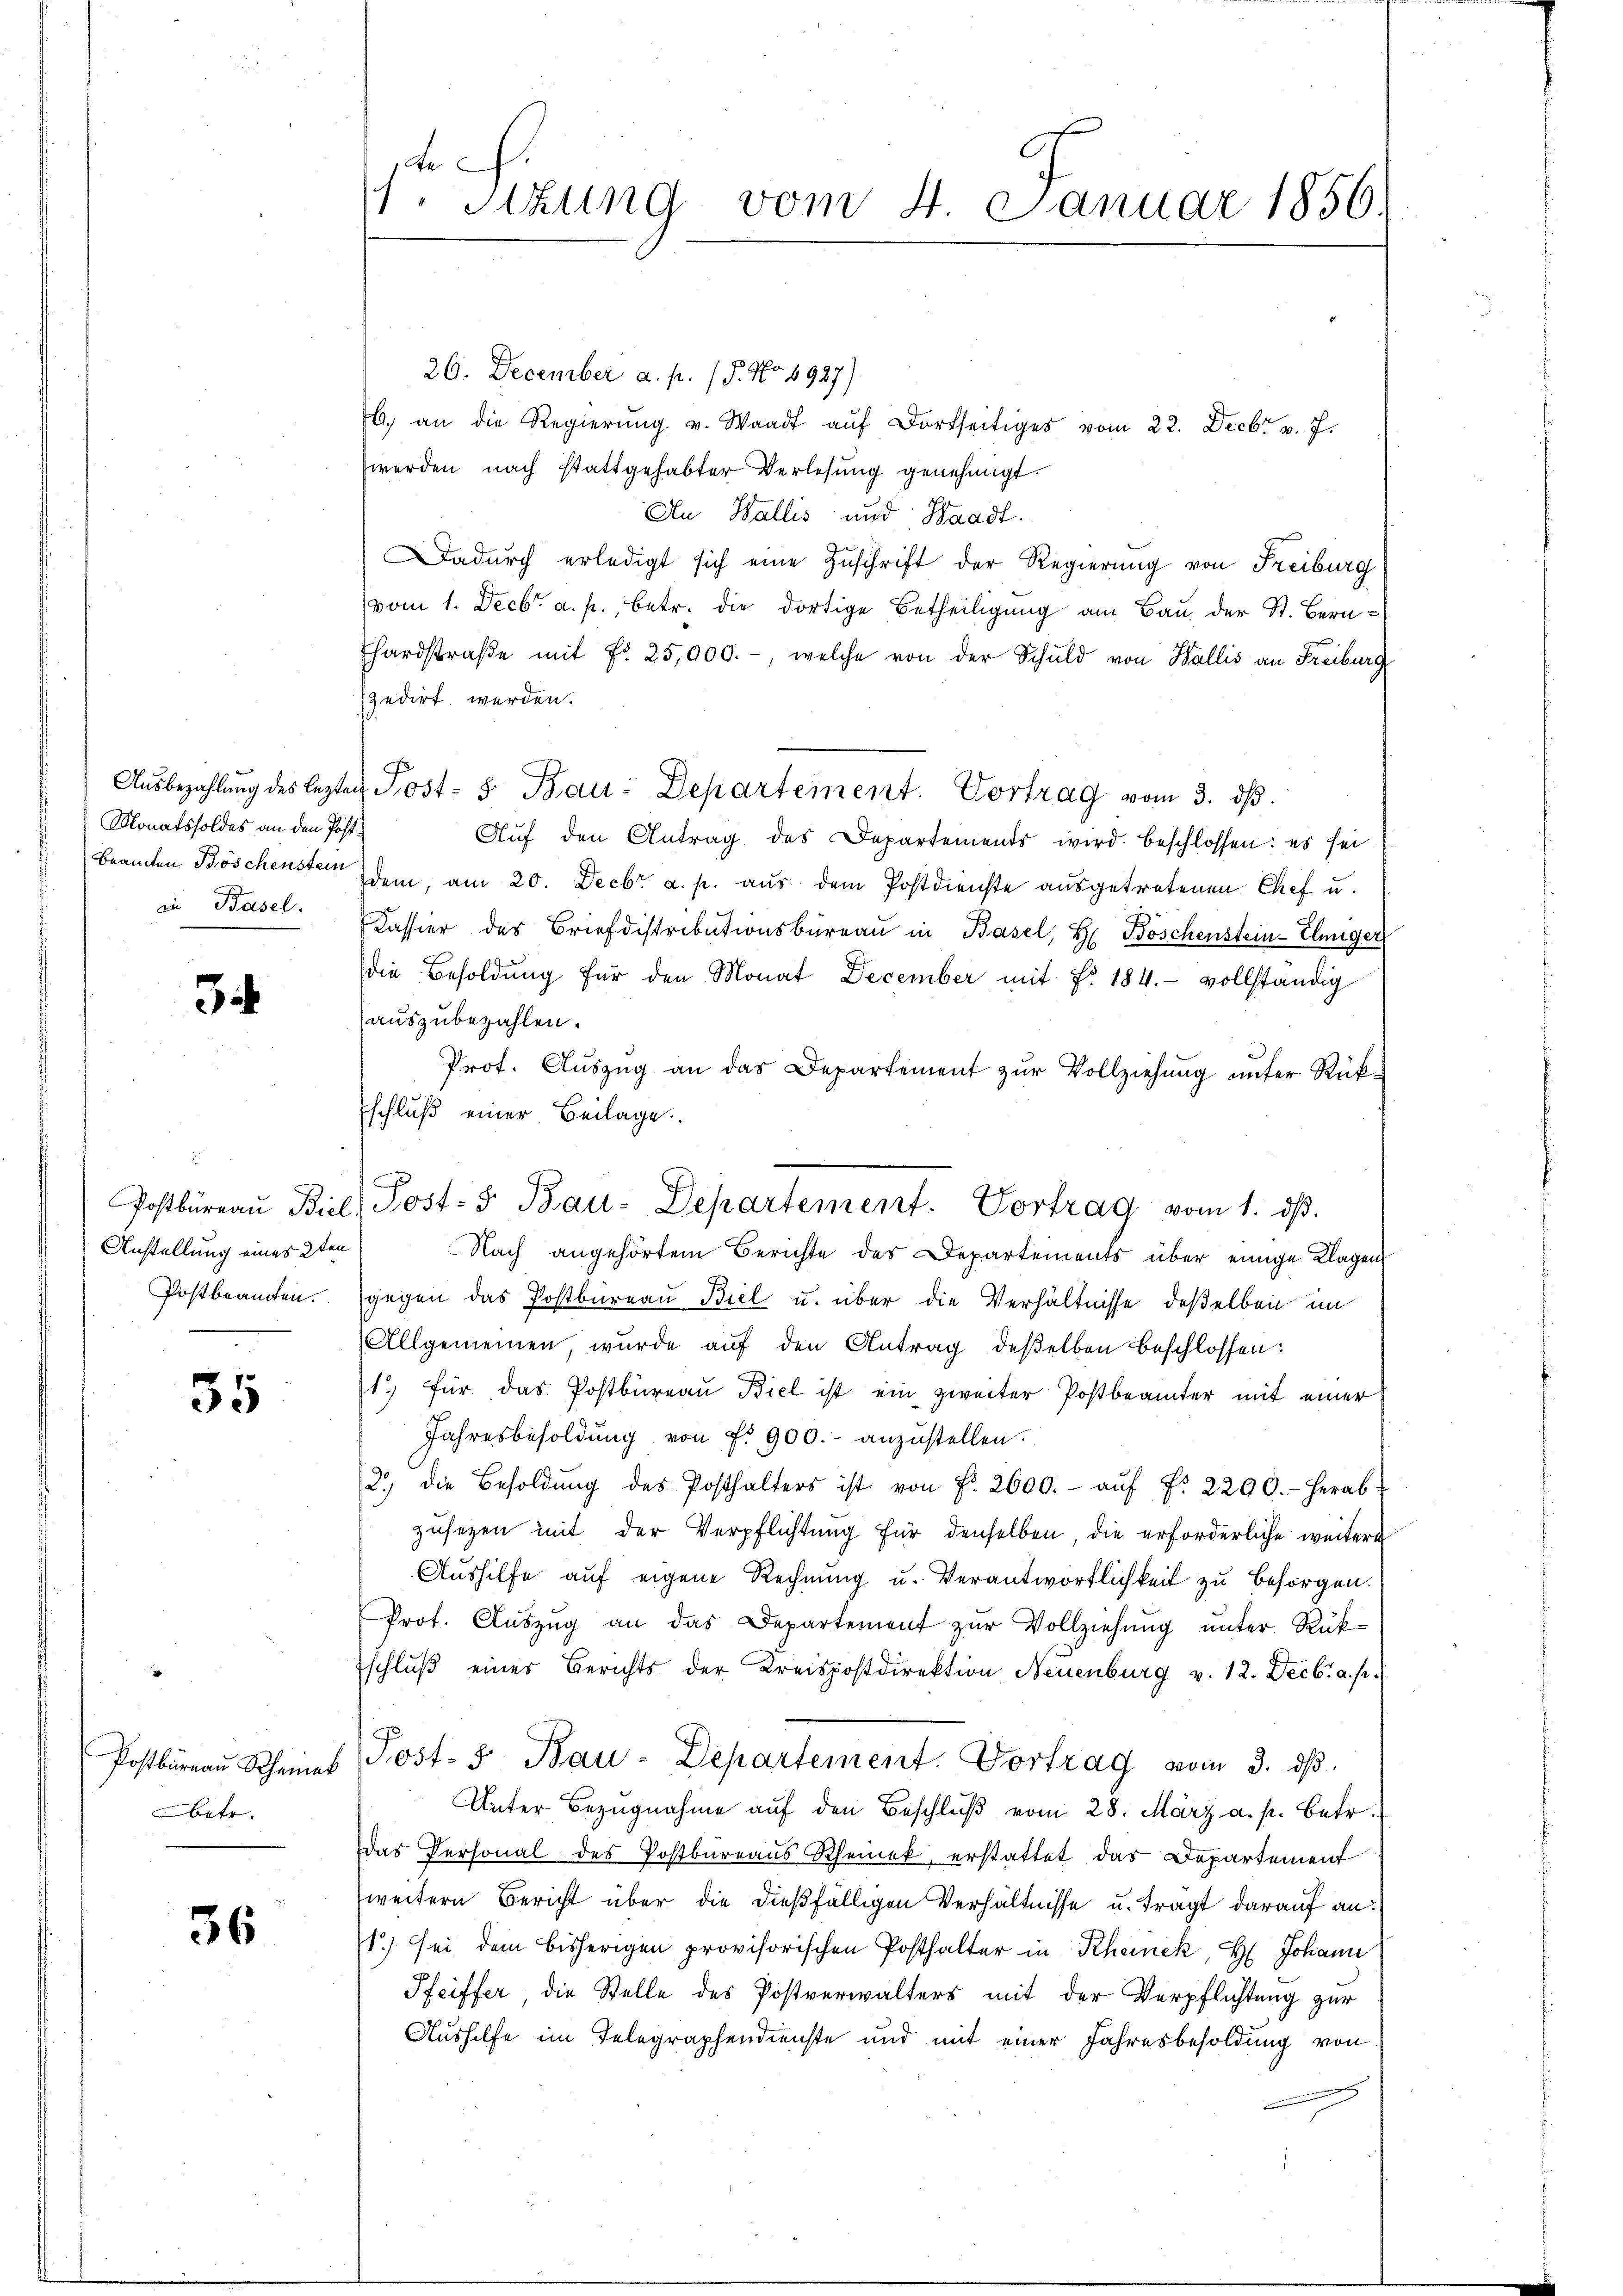
Monatssoldes an den Post.

3

Anstellung eines 2ten
Postbeamten.

55

Postbüreau Schemak
betr.

36

Be
1. Sitzung vom 4. Januar 1856.

26. December a. p. 18. No. 1927)
b. an die Regierŭng v. Waadt aŭf dortseitiges vom 22. Decbr. v. J.
werden nach stattgehabter Verlesung genehmigt.
An Wallis und Waadt.
adurch erledigt sich eine Zuschrift der Regierung von Freiburg
vom 1. Decbr. a. p. betr. die dortige Betheiligung am Bau der St. Bern-
hardstraβe mit Fr. 25,000.-, welche von der Schuld von Wallis an Freiburg
zedirt werden.
¬
Aŭsbezahlŭng des lezten Post- 5 Bau: Departement. Vortrag vom 3. dβ.
Auf den Antrag des Departemends wird beschlossen: es sei
Beamten Böschensten dem, am 20. Decbr a. p. aus dem Postdienste ausgetretenen Chef u.
in Basel. Kassier des Briefdistributionsbüreaŭ in Basel, H Böschenstein-Elmiger
die Besoldung für den Monat December mit Fr. 184. vollständig
auszubezahlen.
Prot. Aŭszŭg an das Departement zŭr Vollziehung unter Rück-
schluß einer Beilage
Nach angehörtem Berichte des Departements über einige Klagen
eegen
gegen das Postbureau Biel u. über die Verhältnisse deßelben im
Allgemeinen, wurde auf den Antrag deßelben beschlossen:
1. für das Postbureau Biel ist ein zweiter Postbeamter mit einer
Jahresbesoldung von Fr. 900.- anzustellen.
2.) die Besoldŭng des Posthalters ist von f. 2600.- aŭf d. 2290. - herab-
zusezen mit der Verpflichtung für denselben, die erforderliche weitere
Aushilfe auf eigene Rechnung u. Verantwortlichkeit zu besorgen.
Prot. Aŭszŭg an das Departement zŭr Vollziehŭng ŭnter Rükschluß einer Berichts der Kreispostdirektion Neuenburg v. 12. Decbr. a. p.
Post. S. Bau-Departement. Vortrag vom 3. ds.
Unter Bezugnahme aŭf den Beschlŭβ vom 28. März a. p. betr.
Das Personal des Postbureaus Rheinek, erstattet das Departement
weitern Bericht über die dießfälligen Verhältnisse u. tragt darauf an:
1.) Sei dem bisherigen provisorischen Posthalter in Rheinek, H. Johann
Pfeiffer, die Stelle des Postverwalters mit der Verpflichtung zur
Aushilfe im Telegraphendienste und mit einer Jahresbesoldung von
g

Postbüreaŭ Biel, Post- & Bau-Departement. Vortrag vom 1. dβ.